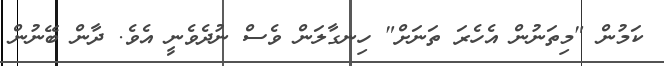
ކަމުން "މިތަނުން އެހެރަ ތަނަށް" ހިނގާލަން ވެސް ނުދެވެނީ އެވެ. ދާން ބޭނުން